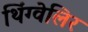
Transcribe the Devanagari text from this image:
थिंग्वेलिर